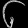
Digit: ၆